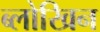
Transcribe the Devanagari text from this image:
ब्लोखिन